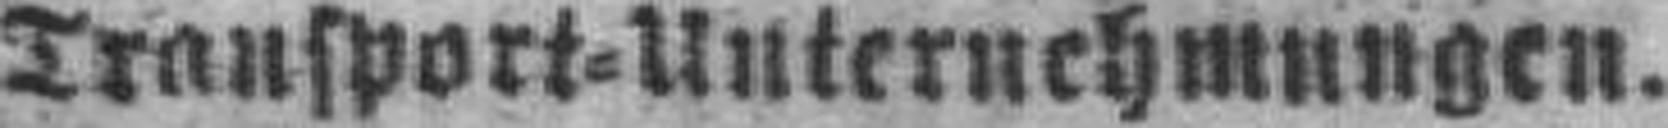
Transport=Unternehmungen.